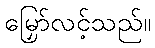
မြှော်လင့်သည်။